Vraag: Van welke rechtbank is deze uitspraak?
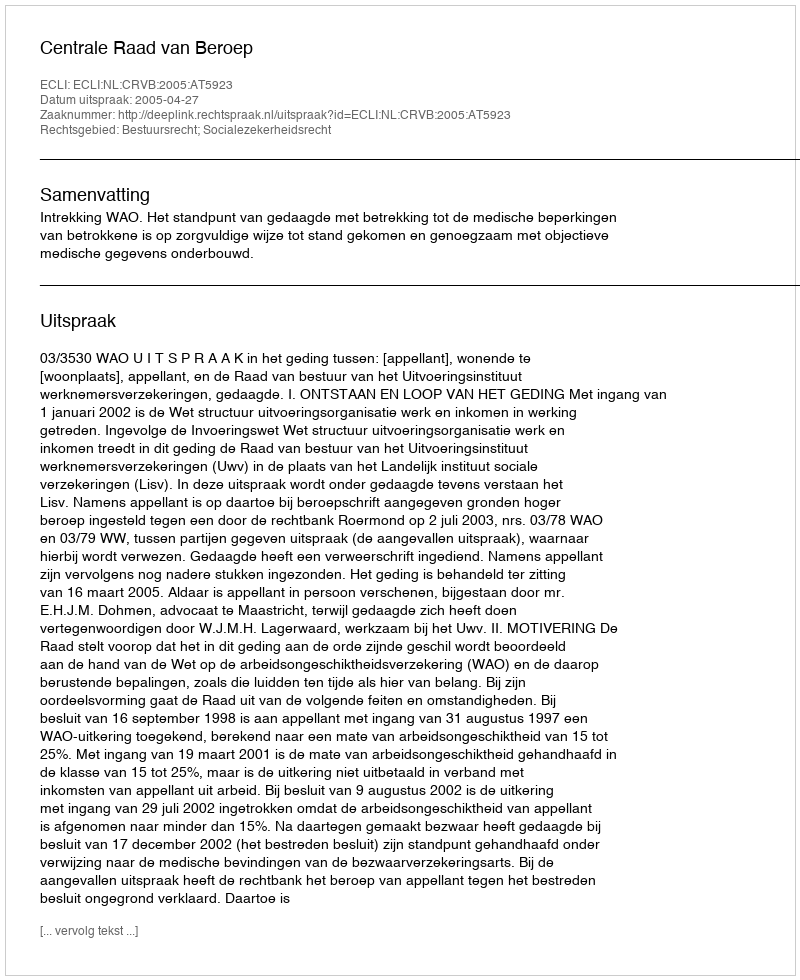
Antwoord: Centrale Raad van Beroep